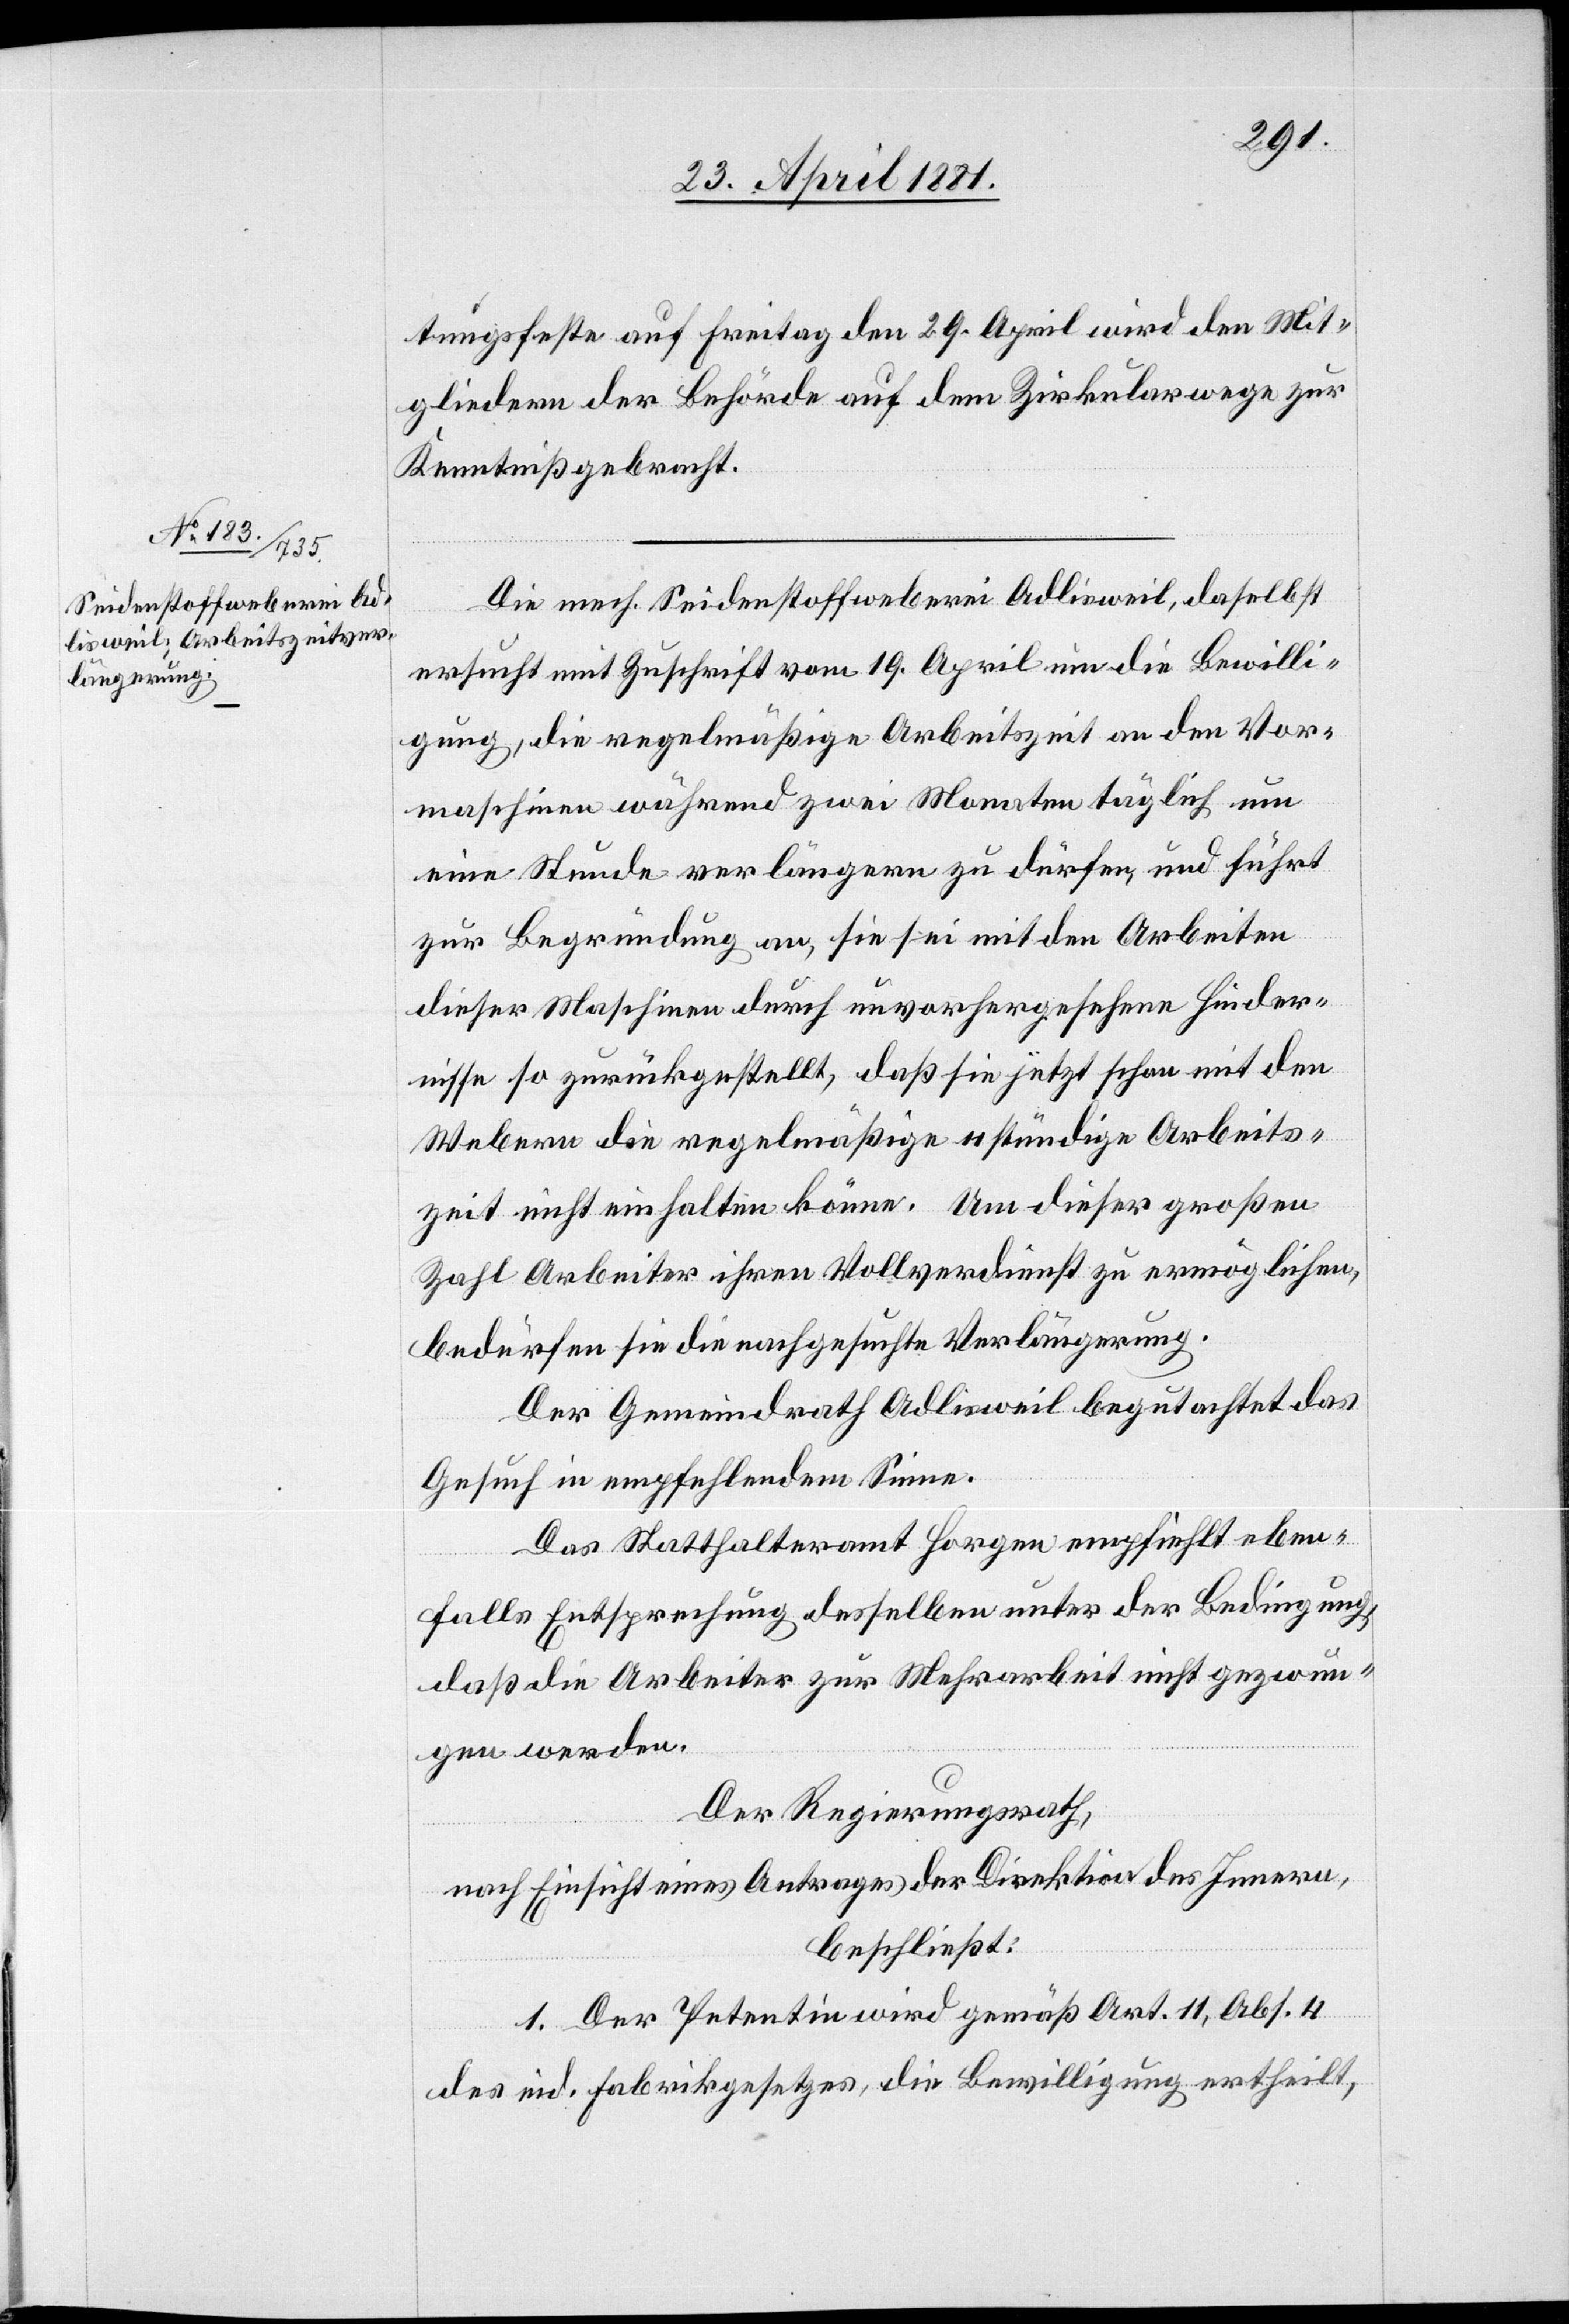
Mit¬
26. April 1881.]
gliedern der Behörde auf dem Zirkularwege zur
Kenntniß gebracht.
Die mech. Seidenstoffweberei Adlisweil, daselbst
ersucht mit Zuschrift vom 19. April um die Bewilli¬
gung, die regelmäßige Arbeitszeit an den Vor¬
maschinen während zwei Monaten täglich um
eine Stunde verlängern zu dürfen, und führt
zur Begründung an , sie sei mit den Arbeiten
dieser Maschinen durch unvorhergesehene Hinder¬
nisse so zurückgestellt, daß sie jetzt schon mit dem
Webern die regelmäßige 11 stündige Arbeits¬
zeit nicht einhalten könne. Um dieser großen
Zahl Arbeiter ihren Vollverdienst zu ermöglichen,
bedürfen sie die nachgesuchte Verlängerung.
Der Gemeindrath Adlisweil begutachtet das
Gesuch in empfehlendem Sinne.
Das Statthalteramt Horgen empfiehlt eben¬
falls Entsprechung desselben unter der Bedingung,
daß die Arbeiter zur Mehrarbeit nicht gezwun¬
gen werden.
Der Regierungsrath,
nach Einsicht eines Antrages der Direktion des Innern,
beschließt:
1. Der Petentin wird gemäß Art. 11, Abs. 4
des eid. Fabrikgesetzes, die Bewilligung ertheilt,